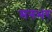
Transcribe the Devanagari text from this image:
मनभर